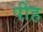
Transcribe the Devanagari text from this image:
पीह